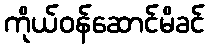
ကိုယ်ဝန်ဆောင်မိခင်